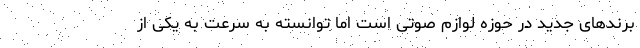
برندهای جدید در حوزه لوازم صوتی است اما توانسته به سرعت به یکی از